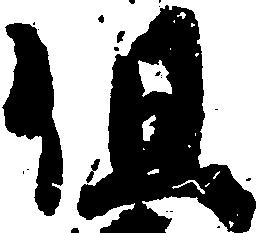
但